Civil Veterinary Department Bihar & Orissa reports 1929-36 - 1929-1936
Year: 1929
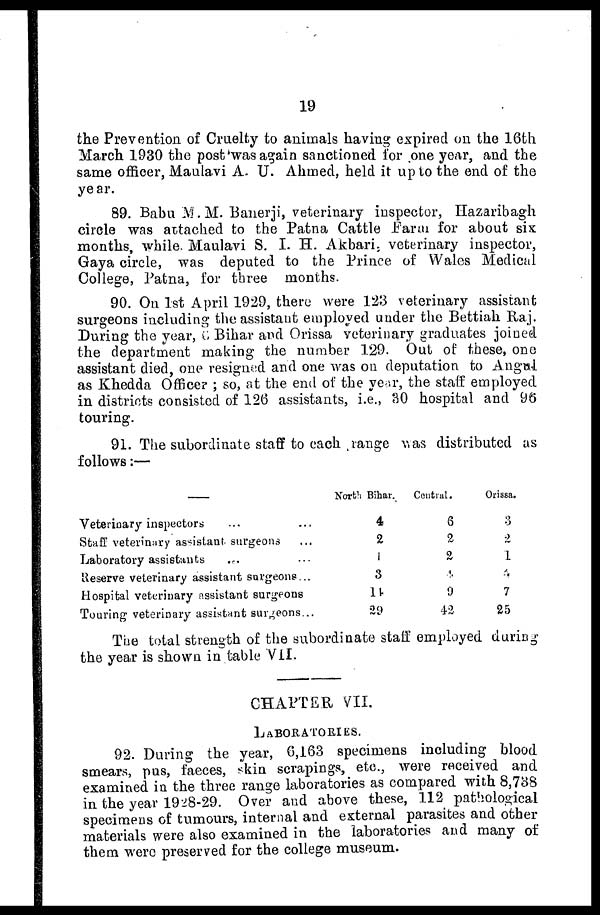
19
the Prevention of Cruelty to animals having expired on the 16th
March 1930 the post was again sanctioned for one year, and the
same officer, Maulavi A. U. Ahmed, held it up to the end of the
year.
89. Babu M.M. Banerji, veterinary inspector, Hazaribagh
circle was attached to the Patna Cattle Farm for about six
months, while. Maulavi S. I. H. Akbari, veterinary inspector,
Gaya circle, was deputed to the Prince of Wales Medical
College, Patna, for three months.
90. On 1st April 1929, there were 123 veterinary assistant
surgeons including the assistant employed under the Bettiah Raj.
During the year, 6 Bihar and Orissa veterinary graduates joined
the department making the number 129. Out of these, one
assistant died, one resigned and one was on deputation to Angul
as Khedda Office? ; so, at the end of the year, the staff employed
in districts consisted of 126 assistants, i.e., 30 hospital and 96
touring.
91. The subordinate staff to each range was distributed as
follows:—
–––
Veterinary inspectors
...
...
Staff veterinary assistant, surgeons
...
Laboratory assistants
...
...
Reserve veterinary assistant surgeons...
Hospital veterinary assistant surgeons
Touring veterinary assistant surgeons...
North Bihar.
4
2
1
3
14
29
Central.
6
2
2
4
9
42
Orissa
3
2
1
4
7
25
The total strength of the subordinate staff employed during
the year is shown in table VII.
CHAPTER VII.
LABORATORIES.
92. During the year, 6,163 specimens including blood
smears, pus, faeces, skin scrapings, etc., were received and
examined in the three range laboratories as compared with 8,738
in the year 1928-29. Over and above these, 112 pathological
specimens of tumours, internal and external parasites and other
materials were also examined in the laboratories and many of
them were preserved for the college museum.